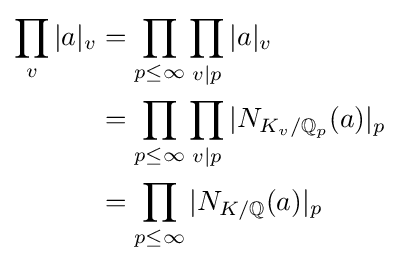
{\begin{aligned}\prod _{v}|a|_{v}&=\prod _{p\leq \infty }\prod _{v|p}|a|_{v}\\&=\prod _{p\leq \infty }\prod _{v|p}|N_{K_{v}/\mathbb {Q} _{p}}(a)|_{p}\\&=\prod _{p\leq \infty }|N_{K/\mathbb {Q} }(a)|_{p}\end{aligned}}